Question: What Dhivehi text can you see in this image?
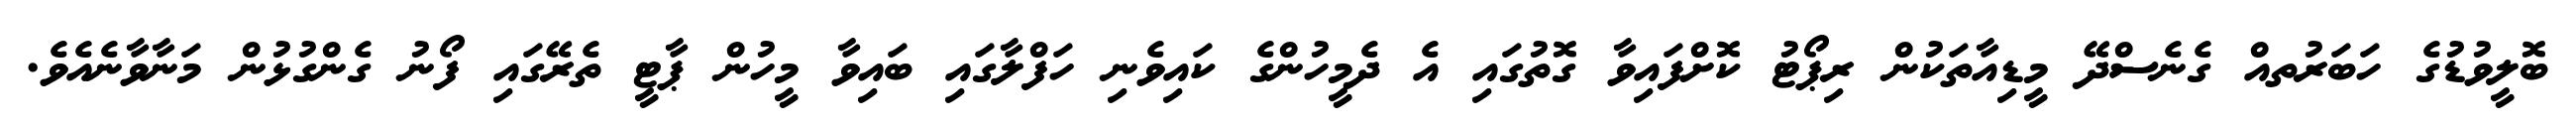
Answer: ބޮލީވުޑުގެ ހަބަރުތއް ގެނެސްދޭ މީޑިއާތަކުން ރިޕޯޓު ކޮށްފައިވާ ގޮތުގައި އެ ދެމީހުންގެ ކައިވެނި ހަފްލާގައި ބައިވާ މީހުން ޕާޓީ ތެރޭގައި ފޯނު ގެންގުޅުން މަނާވާނެއެވެ.